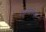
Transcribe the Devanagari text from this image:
कंजर्वेटरियों